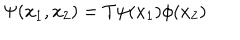
\Psi ( x _ { 1 } , x _ { 2 } ) = T \psi ( x _ { 1 } ) \phi ( x _ { 2 } )